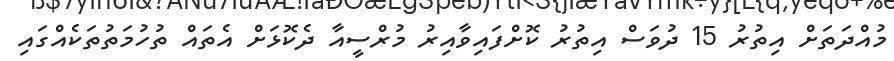
މުއްދަތަށް އިތުރު 15 ދުވަސް އިތުރު ކޮށްފައިވާއިރު މުރްސީއާ ދެކޮޅަށް އެތައް ތުހުމަތުތަކެއްގައި